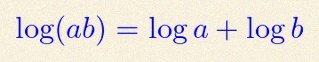
\log(ab)=\log a+\log b